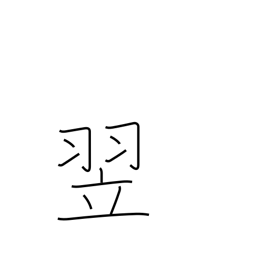
Meaning: the following